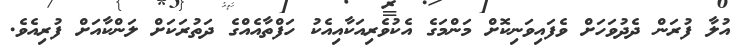
އުލާ ފުރަން ދެދުވަހަށް ވެފައިވަނިކޮށް މަންމަގެ އެކުވެރިއަކާއިއެކު ހަފްތާއެއްގެ ދަތުރަކަށް ލަންކާއަށް ފުރިއެވެ.